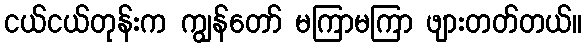
ငယ်ငယ်တုန်းက ကျွန်တော် မကြာမကြာ ဖျားတတ်တယ်။